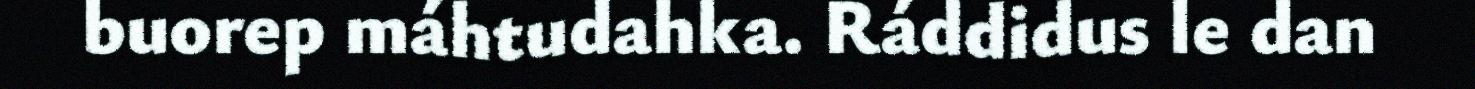
buorep máhtudahka. Ráddidus le dan